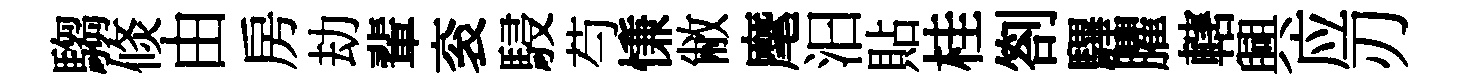
騶倐由房劫輩衮駸芍慊敝麾汩貼桂劄驆臞轄興应刃